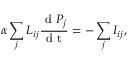
\alpha \sum _ { j } L _ { i j } \frac { \mathrm { ~ d ~ } P _ { j } } { \mathrm { ~ d ~ t ~ } } = - \sum _ { j } { I } _ { i j } ,